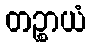
တဉ္စာယံ